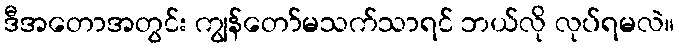
ဒီအတောအတွင်း ကျွန်တော်မသက်သာရင် ဘယ်လို လုပ်ရမလဲ။